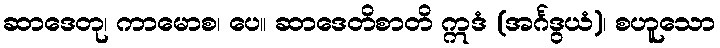
ဆာဒေတု၊ ကာမောစ၊ ပေ။ ဆာဒေတိစာတိ ဣဒံ (အင်္ဂဒွယံ)၊ စဟူသော